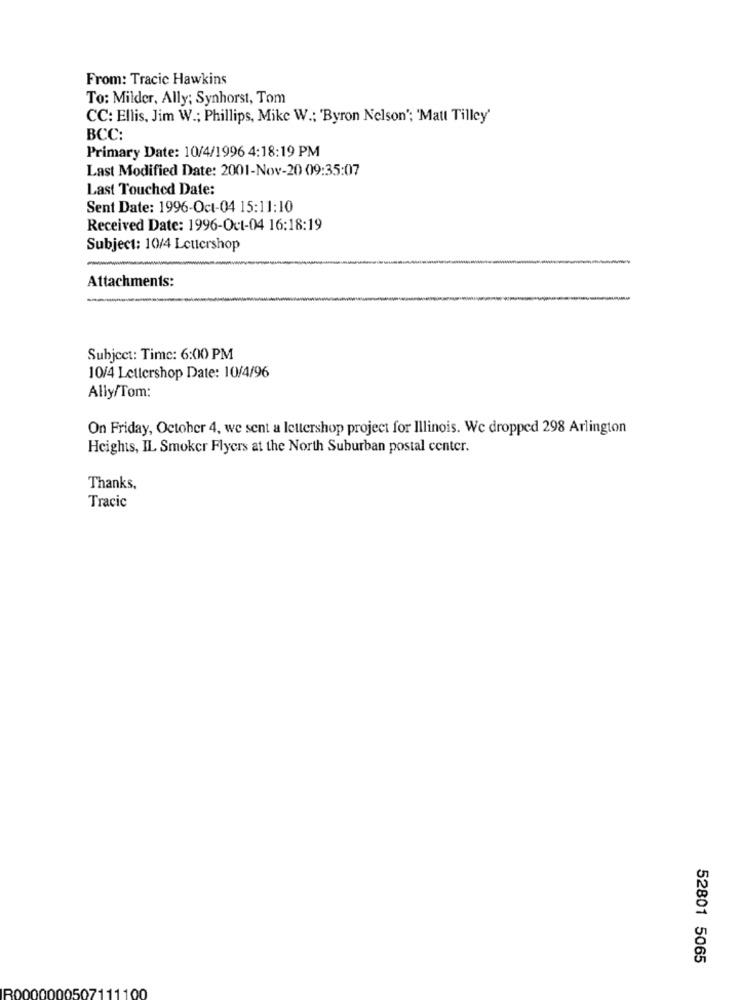
From: Tracic Hawkins
To: Milder, Ally; Synhorst, Tom
CC: Ellis, Jim W .; Phillips, Mike W .; 'Byron Nelson'; 'Matt Tilley'
BCC:
Primary Date: 10/4/1996 4:18:19 PM
Last Modified Date: 2001-Nov-20 09:35:07
Last Touched Date:
Sent Date: 1996-Oct-04 15:11:10
Received Date: 1996-Oct-04 16:18:19
Subject: 10/4 Lettershop
Attachments:
Subject: Time: 6:00 PM
10/4 Lettershop Date: 10/4/96
Ally/Tom:
On Friday, October 4, we sent a lettershop project for Illinois. We dropped 298 Arlington
Heights, IL Smoker Flyers at the North Suburban postal center.
Thanks,
Tracic
52801 5065